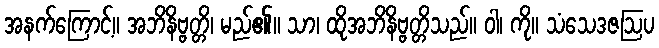
အနက်ကြောင့်။ အဘိနိဗ္ဗတ္တိ၊ မည်၏။ သာ၊ ထိုအဘိနိဗ္ဗတ္တိသည်။ ဝါ၊ ကို။ သံသေဒဇဩပ